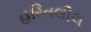
હરિતલીલ